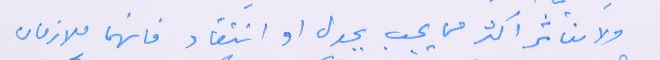
ولا نتاثر اكثر مما يجب بجدل او انتقاد فانهما ملازمان